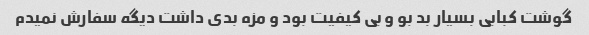
گوشت کبابی بسیار بد بو و بی کیفیت بود و مزه بدی داشت دیگه سفارش نمیدم